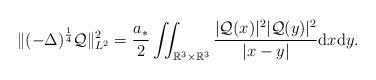
LaTeX: \begin{align*}\|(-\Delta)^{\frac{1}{4}}\mathcal{Q}\|_{L^{2}}^2 = \frac{a_{*}}{2}\iint_{\mathbb{R}^{3}\times\mathbb{R}^{3}}\frac{|\mathcal{Q}(x)|^2|\mathcal{Q}(y)|^{2}}{|x-y|}{\rm d}x{\rm d}y.\end{align*}